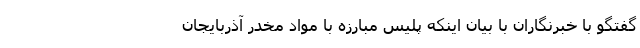
گفتگو با خبرنگاران با بیان اینکه پلیس مبارزه با مواد مخدر آذربایجان